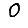
Digit: 0